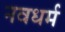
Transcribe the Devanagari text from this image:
नवधर्म